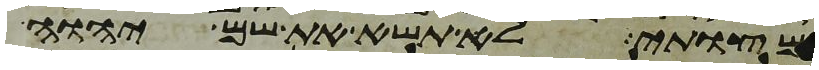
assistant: מצותי לא תשא את שם יהוה